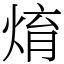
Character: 焴